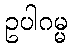
ဥပါဂမ္မ